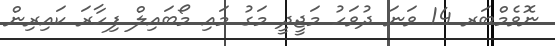
ނޮވެމްބަރ 14 ވަނަ ދުވަހު މަޖީދީ މަގު މައި މޯބައިލް ފިހާރަ ކައިރިން